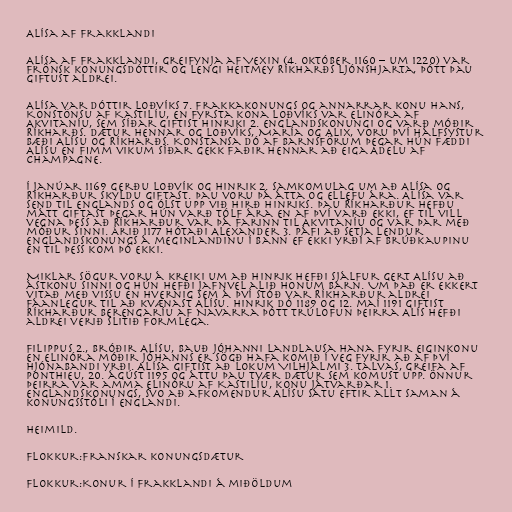
Alísa af Frakklandi

Alísa af Frakklandi, greifynja af Vexin (4. október 1160 – um 1220) var
frönsk konungsdóttir og lengi heitmey Ríkharðs ljónshjarta, þótt þau
giftust aldrei.

Alísa var dóttir Loðvíks 7. Frakkakonungs og annarrar konu hans,
Konstönsu af Kastilíu, en fyrsta kona Loðvíks var Elinóra af
Akvitaníu, sem síðar giftist Hinriki 2. Englandskonungi og varð móðir
Ríkharðs. Dætur hennar og Loðvíks, María og Alix, voru því hálfsystur
bæði Alísu og Ríkharðs. Konstansa dó af barnsförum þegar hún fæddi
Alísu en fimm vikum síðar gekk faðir hennar að eiga Adelu af
Champagne.

Í janúar 1169 gerðu Loðvík og Hinrik 2. samkomulag um að Alísa og
Ríkharður skyldu giftast. Þau voru þá átta og ellefu ára. Alísa var
send til Englands og ólst upp við hirð Hinriks. Þau Ríkharður hefðu
mátt giftast þegar hún varð tólf ára en af því varð ekki, ef til vill
vegna þess að Ríkharður var þá farinn til Akvitaníu og var þar með
móður sinni. Árið 1177 hótaði Alexander 3. páfi að setja lendur
Englandskonungs á meginlandinu í bann ef ekki yrði af brúðkaupinu
en til þess kom þó ekki.

Miklar sögur voru á kreiki um að Hinrik hefði sjálfur gert Alísu að
ástkonu sinni og hún hefði jafnvel alið honum barn. Um það er ekkert
vitað með vissu en hvernig sem á því stóð var Ríkharður aldrei
fáanlegur til að kvænast Alísu. Hinrik dó 1189 og 12. maí 1191 giftist
Ríkharður Berengaríu af Navarra þótt trúlofun þeirra Alís hefði
aldrei verið slitið formlega.

Filippus 2., bróðir Alísu, bauð Jóhanni landlausa hana fyrir eiginkonu
en Elinóra móðir Jóhanns er sögð hafa komið í veg fyrir að af því
hjónabandi yrði. Alísa giftist að lokum Vilhjálmi 3. Talvas, greifa af
Ponthieu, 20. ágúst 1195 og áttu þau tvær dætur sem komust upp. Önnur
þeirra var amma Elinóru af Kastilíu, konu Játvarðar 1.
Englandskonungs, svo að afkomendur Alísu sátu eftir allt saman á
konungsstóli í Englandi.

Heimild.

Flokkur:Franskar konungsdætur

Flokkur:Konur í Frakklandi á miðöldum